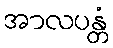
အာလပန္တံ